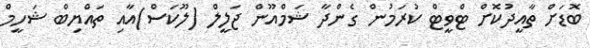
ބޮޑަށް ތާއީދުކޮށް ޓްވީޓް ކުރަމުން ގެންދާ ޝަމްއޫން ޖަލީލް (ލޫކަސް)އާއި ތައްޔިބް ޝަހީމް